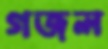
গজল